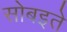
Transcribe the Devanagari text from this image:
सोबइते